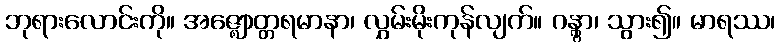
ဘုရားလောင်းကို။ အဇ္ဈောတ္တရမာနာ၊ လွှမ်းမိုးကုန်လျက်။ ဂန္တွာ၊ သွား၍။ မာရဿ၊